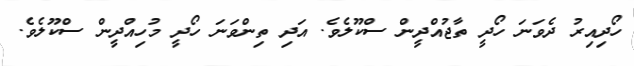
ހޯދިއިރު ދެވަނަ ހޯދީ ތާޖުއްދީން ސްކޫލެވެ. އަދި ތިންވަނަ ހޯދީ މުހިއްދީން ސްކޫލެވެ.